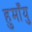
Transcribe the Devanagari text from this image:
हुमाँयु